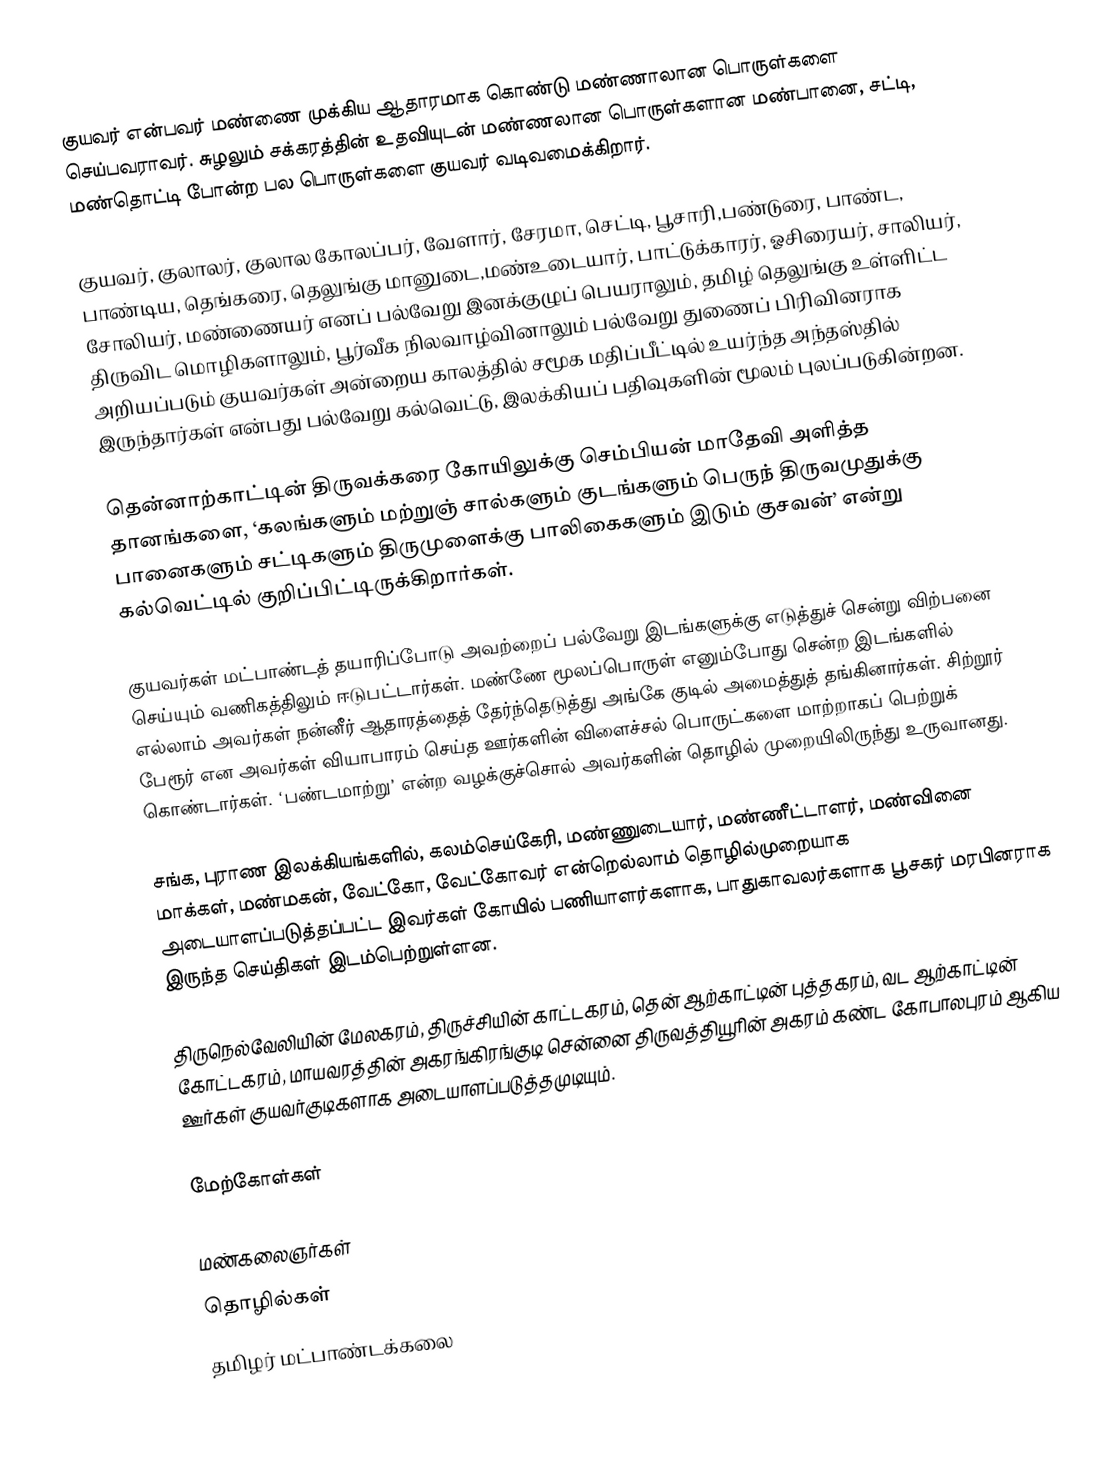
குயவர் என்பவர் மண்ணை முக்கிய ஆதாரமாக கொண்டு மண்ணாலான பொருள்களை செய்பவராவர். சுழலும் சக்கரத்தின் உதவியுடன் மண்ணலான பொருள்களான மண்பானை, சட்டி, மண்தொட்டி போன்ற பல பொருள்களை குயவர் வடிவமைக்கிறார்.

குயவர், குலாலர், குலால கோலப்பர், வேளார், சேரமா, செட்டி, பூசாரி,பண்டுரை, பாண்ட, பாண்டிய, தெங்கரை, தெலுங்கு மானுடை,மண்உடையார்,  பாட்டுக்காரர், ஓசிரையர், சாலியர், சோலியர், மண்ணையர் எனப் பல்வேறு இனக்குழுப் பெயராலும், தமிழ் தெலுங்கு உள்ளிட்ட திருவிட மொழிகளாலும், பூர்வீக நிலவாழ்வினாலும் பல்வேறு துணைப் பிரிவினராக அறியப்படும் குயவர்கள் அன்றைய காலத்தில் சமூக மதிப்பீட்டில் உயர்ந்த அந்தஸ்தில் இருந்தார்கள் என்பது பல்வேறு கல்வெட்டு, இலக்கியப் பதிவுகளின் மூலம் புலப்படுகின்றன.

தென்னாற்காட்டின் திருவக்கரை கோயிலுக்கு செம்பியன் மாதேவி அளித்த தானங்களை, ‘கலங்களும் மற்றுஞ் சால்களும் குடங்களும் பெருந் திருவமுதுக்கு பானைகளும் சட்டிகளும் திருமுளைக்கு பாலிகைகளும் இடும் குசவன்’ என்று கல்வெட்டில் குறிப்பிட்டிருக்கிறார்கள்.

குயவர்கள் மட்பாண்டத் தயாரிப்போடு அவற்றைப் பல்வேறு இடங்களுக்கு எடுத்துச் சென்று விற்பனை செய்யும் வணிகத்திலும் ஈடுபட்டார்கள். மண்ணே மூலப்பொருள் எனும்போது சென்ற இடங்களில் எல்லாம் அவர்கள் நன்னீர் ஆதாரத்தைத் தேர்ந்தெடுத்து அங்கே குடில் அமைத்துத் தங்கினார்கள். சிற்றூர் பேரூர் என அவர்கள் வியாபாரம் செய்த ஊர்களின் விளைச்சல் பொருட்களை  மாற்றாகப் பெற்றுக் கொண்டார்கள். ‘பண்டமாற்று’ என்ற வழக்குச்சொல் அவர்களின் தொழில் முறையிலிருந்து உருவானது.

சங்க, புராண இலக்கியங்களில், கலம்செய்கேரி, மண்ணுடையார், மண்ணீட்டாளர்,  மண்வினை மாக்கள், மண்மகன், வேட்கோ, வேட்கோவர் என்றெல்லாம் தொழில்முறையாக அடையாளப்படுத்தப்பட்ட இவர்கள் கோயில் பணியாளர்களாக, பாதுகாவலர்களாக பூசகர் மரபினராக இருந்த செய்திகள் இடம்பெற்றுள்ளன.

திருநெல்வேலியின் மேலகரம், திருச்சியின் காட்டகரம், தென் ஆற்காட்டின் புத்தகரம், வட ஆற்காட்டின் கோட்டகரம், மாயவரத்தின் அகரங்கிரங்குடி சென்னை திருவத்தியூரின் அகரம் கண்ட கோபாலபுரம் ஆகிய ஊர்கள் குயவர்குடிகளாக அடையாளப்படுத்தமுடியும்.

மேற்கோள்கள்

மண்கலைஞர்கள்
தொழில்கள்
தமிழர் மட்பாண்டக்கலை